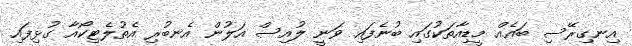
އިނގިރޭސި ބައެއް މީޑިއާތަކުގައި ބުނެފައި ވަނީ ލުއިސް އަލުން އެނބުރި އެތުލެޓިކޯއާ ގުޅިފައި